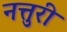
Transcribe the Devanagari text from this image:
नत्तुरी